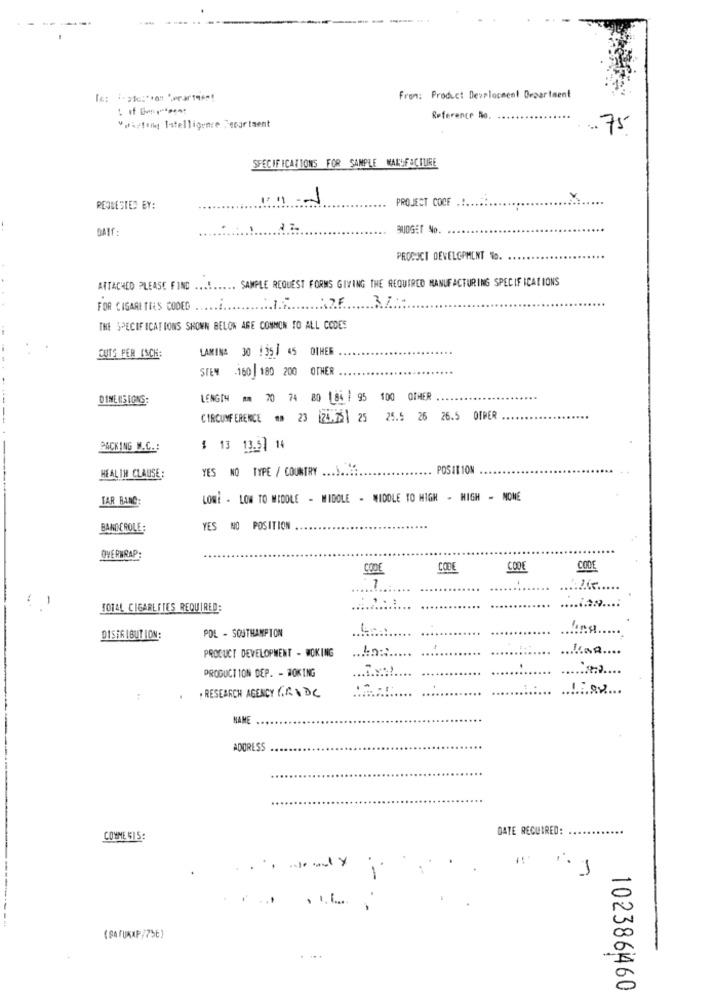
From: Product Development Department
Reference Do.
Wirhetan Intelligence Teogrtaent
75
SPECIFICATIONS FOR SAMPLE WALDFACTURE
-1
PROJECT COCE
REOBESTED EY:
DATE :
BUDGET No.
PRODUCT DEVELOPMENT No.
ATTACHED PLEASE FIND ........ SAMPLE REQUEST FORMS GIVING THE REQUIRED MANUFACTURING SPECIFICATIONS
3 7 .-
FOR CIGARETTES CODEDE
THE SPECIFICATIONS SHOWN BELOW ARE COMMON TO ALL CODES
LAMINA 30 1351 45 OTHER
CUTS FER ISCH:
STEM 160 180 200 OTHER
DIMENSIONS:
LENGTH * 70 74 80 184 / 95 100 OTHER
CIRCUMFERENCE .. 23 124.751 25 25.5 26 26.5 OTPER
PACKING W.C .:
$ 13 13.5 14
YES NO TYPE / COUNTRY .........
POSITION
HEALTH CLAUSE:
LAR BANC
LOWi - LOW TO MIDOLE - MIBOLE - NIDOLE TO HIGH - HIGH - NOME
BANNEROLE:
YES NO POSITION
OVERWRAP:
CODE
CODE
CODE
CODE
...
............
. :
TOTAL CIGARETTES REQUIRED:
....
...........
POL - SOUTHAMPTON
DISTRIBUTION:
PRODUCT DEVELOPMENT - WOKING
............. ...
.. .........
PRODUCTION DEP. - WOKING
............
. RESEARCH AGENCY GRADC
............
:
............ ......
NAME
ADDRESS
DATE REQUIRED:
COMME 515:
. . .
1
(SA FURAP/756)
102386460